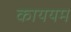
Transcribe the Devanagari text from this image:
काययम